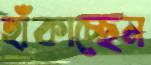
হাঁকাচ্ছেন